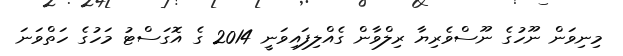
މިނިވަން ނޫހުގެ ނޫސްވެރިޔާ ރިލްވާން ގެއްލިފައިވަނީ 2014 ގެ އޮގަސްޓު މަހުގެ ހަތްވަނަ